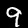
Digit: 9